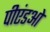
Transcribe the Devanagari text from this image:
पीएंडओ